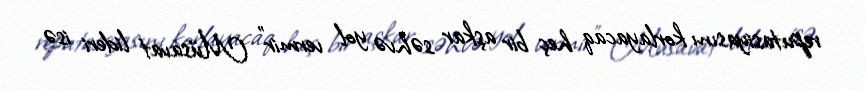
reputasiyasını korlayacaq heç bir aşkar səhvə yol vermir” Müsavat lideri isə